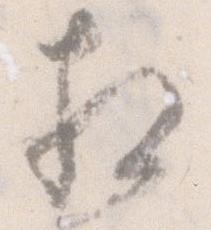
相